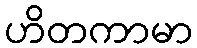
ဟိတကာမာ